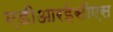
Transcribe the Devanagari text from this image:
एडीआरईसीएस